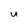
Character: U